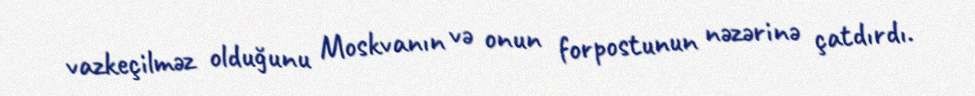
vazkeçilməz olduğunu Moskvanın və onun forpostunun nəzərinə çatdırdı.